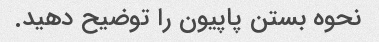
نحوه بستن پاپیون را توضیح دهید.